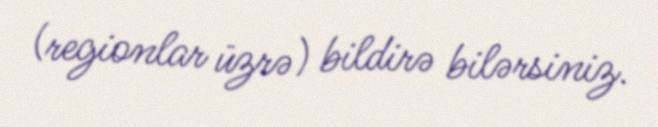
(regionlar üzrə) bildirə bilərsiniz.